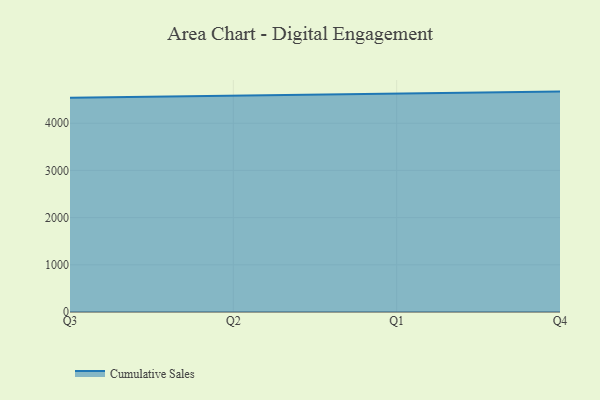
{"axis": {"x": "Quarter", "y": "Inventory Turnover"}, "legend": ["Cumulative Sales"], "data": [{"x": "Q3", "y": 4541.0, "type": "Cumulative Sales"}, {"x": "Q2", "y": 4579.0, "type": "Cumulative Sales"}, {"x": "Q1", "y": 4624.2, "type": "Cumulative Sales"}, {"x": "Q4", "y": 4670.5, "type": "Cumulative Sales"}]}